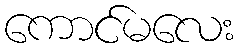
ကောင်မလေး